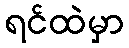
ရင်ထဲမှာ